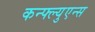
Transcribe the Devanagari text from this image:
कन्फ्ल्युएन्स